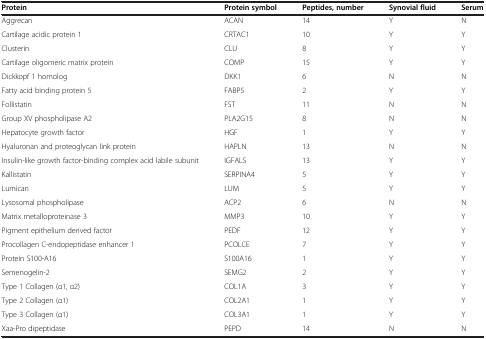
| Protein | Protein symbol | Peptides, number | Synovial fluid | Serum |
 | --- | --- | --- | --- | --- |
 | Aggrecan | ACAN | 14 | Y | N |
 | Cartilage acidic protein 1 | CRTAC1 | 10 | Y | Y |
 | Clusterin | CLU | 8 | Y | Y |
 | Cartilage oligomeric matrix protein | COMP | 15 | Y | Y |
 | Dickkopf 1 homolog | DKK1 | 6 | N | N |
 | Fatty acid binding protein 5 | FABP5 | 2 | Y | Y |
 | Follistatin | FST | 11 | N | N |
 | Group XV phospholipase A2 | PLA2G15 | 8 | N | N |
 | Hepatocyte growth factor | HGF | 1 | Y | Y |
 | Hyaluronan and proteoglycan link protein | HAPLN | 13 | N | N |
 | Insulin-like growth factor-binding complex acid labile subunit | IGFALS | 13 | Y | Y |
 | Kallistatin | SERPINA4 | 5 | Y | Y |
 | Lumican | LUM | 5 | Y | Y |
 | Lysosomal phospholipase | ACP2 | 6 | N | N |
 | Matrix metalloproteinase 3 | MMP3 | 10 | Y | Y |
 | Pigment epithelium derived factor | PEDF | 12 | Y | Y |
 | Procollagen C-endopeptidase enhancer 1 | PCOLCE | 7 | Y | Y |
 | Protein S100-A16 | S100A16 | 1 | Y | Y |
 | Semenogelin-2 | SEMG2 | 2 | Y | Y |
 | Type 1 Collagen (α1, α2) | COL1A | 3 | Y | Y |
 | Type 2 Collagen (α1) | COL2A1 | 1 | Y | Y |
 | Type 3 Collagen (α1) | COL3A1 | 1 | Y | Y |
 | Xaa-Pro dipeptidase | PEPD | 14 | N | N |